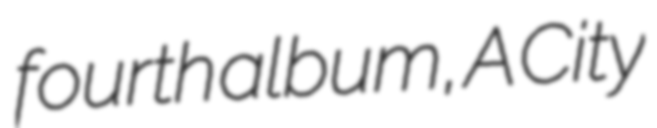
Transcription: fourth album, A City